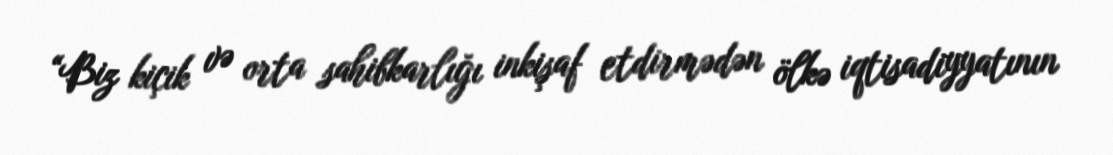
“Biz kiçik və orta sahibkarlığı inkişaf etdirmədən ölkə iqtisadiyyatının